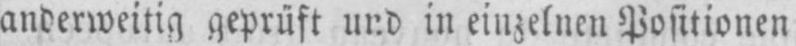
anderweitig geprüft und in einzelnen Positionen